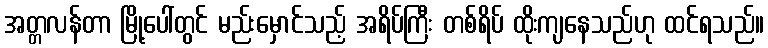
အတ္တလန်တာ မြို့ပေါ်တွင် မည်းမှောင်သည့် အရိပ်ကြီး တစ်ရိပ် ထိုးကျနေသည်ဟု ထင်ရသည်။